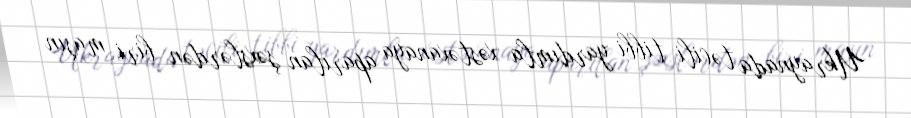
Ukraynada təcili tibbi yardımla xəstəxanaya aparılan şəxslərdən biri maşın